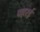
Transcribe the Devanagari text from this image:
पहरई